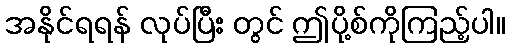
အနိုင်ရရန် လုပ်ပြီး တွင် ဤပို့စ်ကိုကြည့်ပါ။